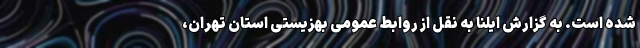
شده است. به گزارش ایلنا به نقل از روابط عمومی بهزیستی استان تهران،